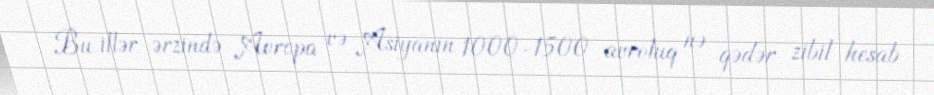
Bu illər ərzində Avropa və Asiyanın 1000-1500 avroluq nə qədər zibil hesab